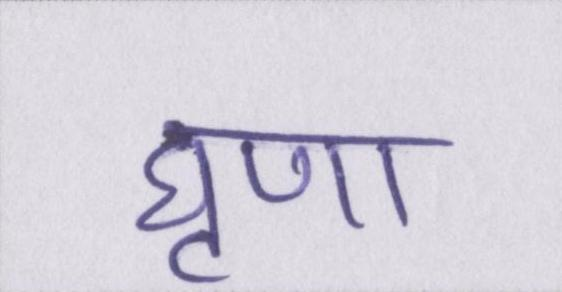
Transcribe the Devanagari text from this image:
घृणा